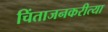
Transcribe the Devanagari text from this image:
चिंताजनकरीत्या